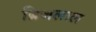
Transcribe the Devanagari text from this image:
ब्रिजलाल